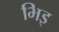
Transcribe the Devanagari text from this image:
भिइ